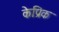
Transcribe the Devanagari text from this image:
केप्रिक